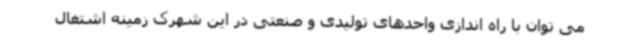
می توان با راه اندازی واحدهای تولیدی و صنعتی در این شهرک زمینه اشتغال